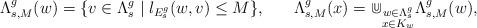
LaTeX: \begin{align*}\Lambda^g_{s,M}(w)&=\{v\in \Lambda^g_s\mid l_{E^g_s}(w,v)\le M\},& \Lambda^g_{s,M}(x)&=\Cup_{\substack{w\in\Lambda^g_s\\ x\in K_w}}\Lambda^g_{s,M}(w),\end{align*}